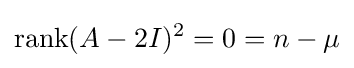
\operatorname {rank} (A-2I)^{2}=0=n-\mu